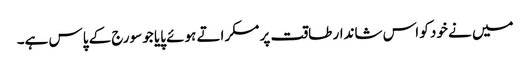
میں نے خود کو اس شاندار طاقت پر مسکراتے ہوئے پایا جو سورج کے پاس ہے۔